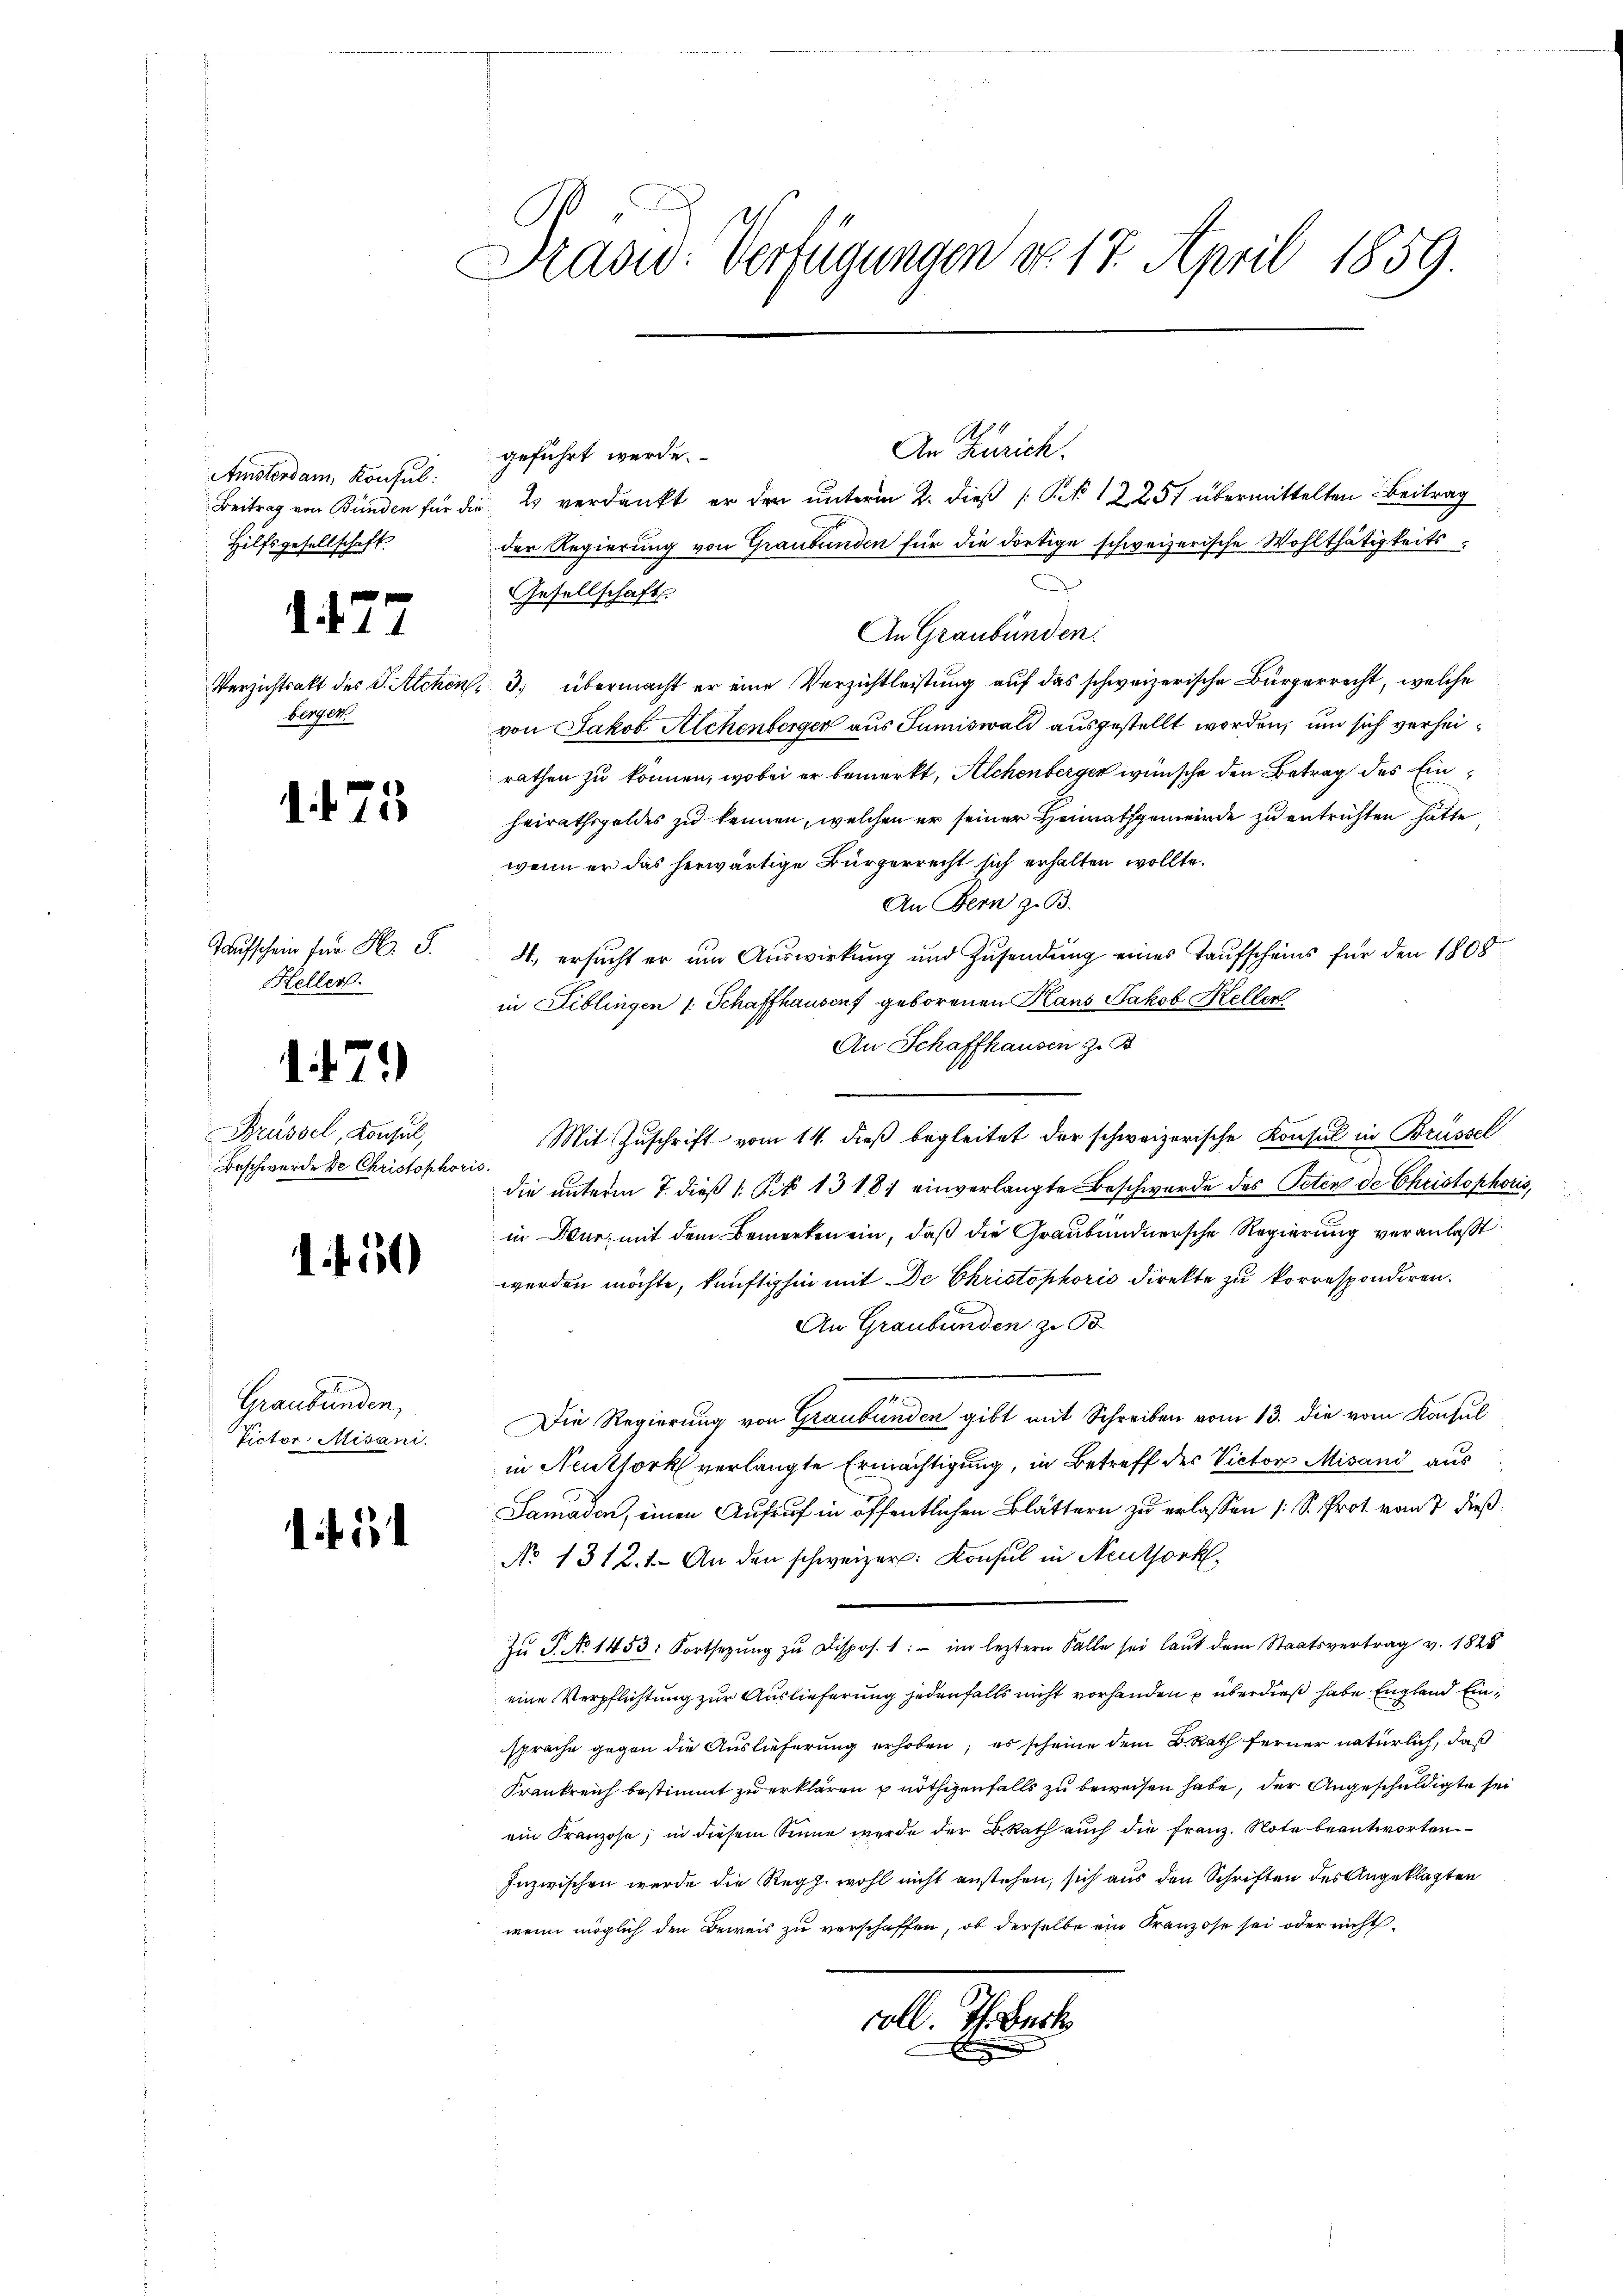
Amsterdam, Konsul:
Beitrag von Bunden für die
Hilfsgesellschaft.

1427

Verzichtsakt des J. Achen.
berger

1. 475

Taufschein für Hr. S.
Keller.

471)

Brüssel, Konsul,
Beschwerde de Christophoris

1. f. 50

Graubünden,
Victor Misani.

Präsid. Verfügungen do 17. April 1859

A
An Zürich.
geführt werde.
Es verdankt er der unterm 2. dieß ( Nr 12257 übermittelten Beitrag
der Regierung von Graubünden für die dortige schweizerische Wohlthätigkeits
Gesellschaft.
An Graubünden.
2. 3. übermacht er eine Verzichtleistung auf das schweizerische Bürgerrecht, welche
von Jakob Aichenberger aus Jumiswald ausgestellt worden, um sich verheirathen zu können, wobei er bemerkt, Alchenberger wünsche den Betrag des Einheirathsgeldes zu kennen, welchen er seiner Heimathgemeinde zu entrichten hatte
wenn er das herwärtige Bürgerrecht sich erhalten wollte.
An Bern z. B.
4. ersucht er um Auswirkung und Zusendung eines Taufscheins für den 1808
in Liblingen /: Schaffhausenf geborenen Hans Jakob Keller
An Schaffhausen z. B.
Mit Zuschrift vom 14. dieß begleitet der schweizerische Konsul in Brüssel
die unterm 7. dieß ( Pct. 1318) einverlangte Beschwerde des Peten de Christophoris,
in Wur, mit dem Bemerken ein, daß die Graubündnersche Regierung veranlaßt
werden möchte, künftighin mit De Christophoris direkte zu korrespondiren.
An Graubünden zu O
Die Regierung von Graubünden gibt mit Schreiben vom 13. die vom Konsul
in Neuthork verlangte Ermächtigung, in Betreff der Victor Misand aus
Samaden, einen Aufruf in öffentlichen Blättern zu erlassen (S. Prof. vom 7 dieß:
No 1312. 1. An den schweizer. Konsul in Neuthork,
Zŭ P. No 1453. Fortsetzŭng zŭ Dispos. 1: im leztern Falle sei laut dem Staatsvertrag v. 1828
eine Verpflichtung zur Auslieferung jedenfalls nicht vorhanden u überdieß habe England Einsprache gegen die Auslieferung erhoben; es scheine dem B. Rath ferner natürlich, daß
Krankreich bestimmt zu erklären u nöthigenfalls zu beweisen habe, der Angeschuldigte sei
ein Kranzose, in diesem Sinne wurde der BRath auch die Franz. Note beantworten.
Inzwischen werde die Regg. wohl nicht anstehen, sich aus den Schriften des Angeklagten
wenn möglich den Beweis zu verschaffen, ob derselbe ein Franzose sei oder nicht
coll. Th. Beck